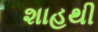
શાહથી